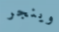
وينجر